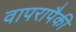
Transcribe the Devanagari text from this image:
वापरापैकी